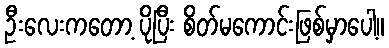
ဦးလေးကတော့ ပိုပြီး စိတ်မကောင်းဖြစ်မှာပေါ့။